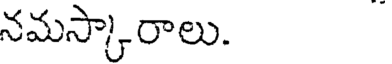
నమస్కారాలు.